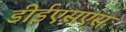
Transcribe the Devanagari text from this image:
डीईएसएस